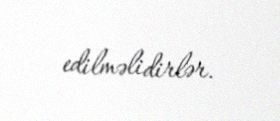
edilməlidirlər.